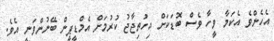
އެހެންވެ އެކަމާ ވީހާ ވެސް ބޮޑަކަށް އިހުތިޖާޖު ކުރުމަށް އެމްޑީޕީން ބޭނުންވަނީ އެވެ.